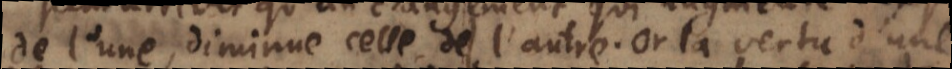
de l’une, diminue celle de l’autre. Or la vertu d’une